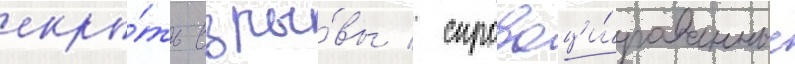
скры́ть взры́вы / спровоци́рованные